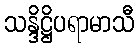
သန္ဒိဋ္ဌိပရာမာသီ